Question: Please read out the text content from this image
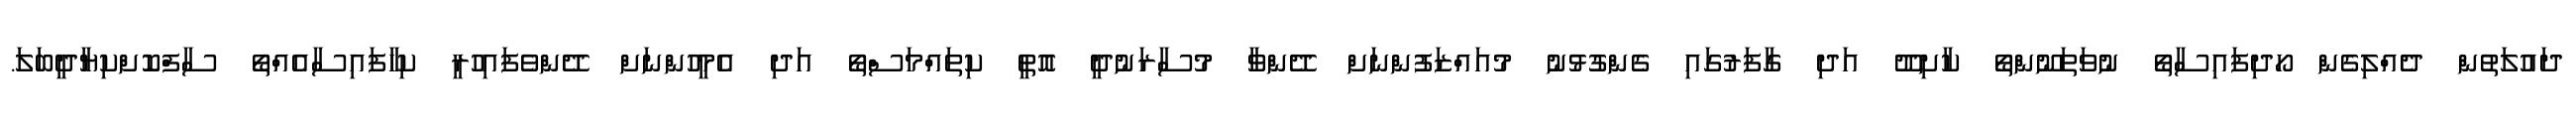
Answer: ދައުލަތުން ދެއްލިގެން ހޯދިފައިސާތޯ ނުވަތަނޫންތޯ ކާށިދޫ އަދި ގާފަރުގައި ގެންގުޅުނު މުއައްޒަފުންނަށް ދޭންވާ މުސާރަނުދީ އޮތީ ކިތައްމަސްތޯ އަދި އެމީހުންނަށް ދޭންވެފައިހުރީ ކިހާފައިސާއެއްތޯ ސާފްކޮށްކިޔާދީބަލަ.